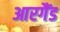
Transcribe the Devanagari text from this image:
आरगैंड